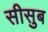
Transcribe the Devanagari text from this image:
सीसुब